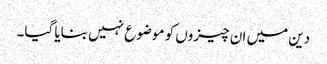
دین میں ان چیزوں کو موضوع نہیں بنایا گیا۔